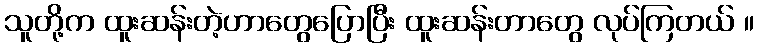
သူတို့က ထူးဆန်းတဲ့ဟာတွေပြောပြီး ထူးဆန်းတာတွေ လုပ်ကြတယ် ။